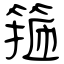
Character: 箍